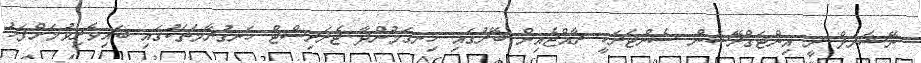
ނޭޝަނަލް ރީ އިންޓަގްރޭޝަން ސެންޓަރަކީ ރާއްޖެއިން ބޭރުގައި ހިނގަމުންދާ ޓެރަރިސްޓް ހަނގުރާމަތަކުގައި ބައިވެރިވުމަށްފަހު